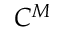
C ^ { M }